Calcutta medical institutions reports 1892-1900
Year: 1892
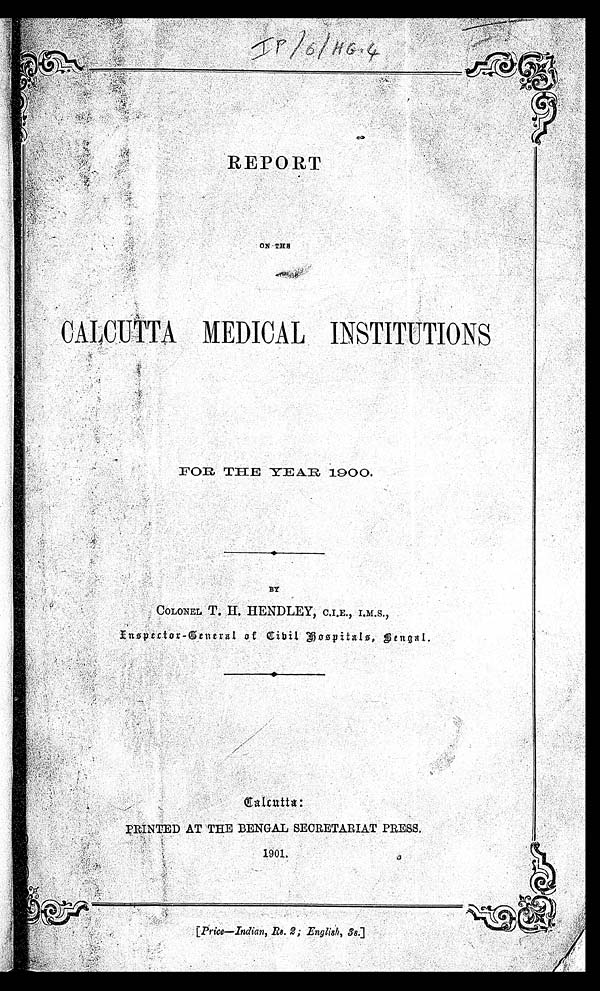
REPORT
ON THE
CALCUTTA MEDICAL INSTITUTIONS
FOR THE YEAR 1900.
BY
COLONEL T. H. HENDLEY,C.I.E.,
I.M.S., Inspector-General of Civil Hospitals, Bengal.
Calcutta:
PRINTED AT THE BENGAL SECRETARIAT PRESS.
1901.
[Price—Incljan, Bs. 2; English, 38.]